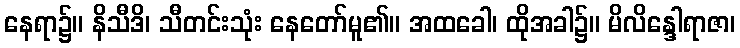
နေရာ၌။ နိသီဒိ၊ သီတင်းသုံး နေတော်မူ၏။ အထခေါ၊ ထိုအခါ၌။ မိလိန္ဒေါရာဇာ၊